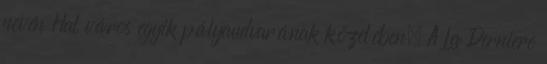
nevén Hal város egyik pályaudvarának közelében. A La Derniere